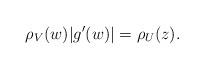
LaTeX: \begin{align*} \rho_V(w) |g'(w)|= \rho_U(z) . \end{align*}